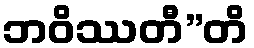
ဘဝိဿတီ”တိ